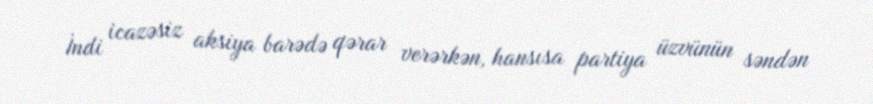
İndi icazəsiz aksiya barədə qərar verərkən, hansısa partiya üzvünün səndən